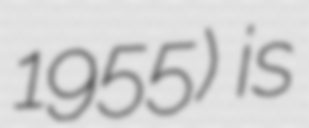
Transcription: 1955) is